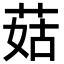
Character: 菇